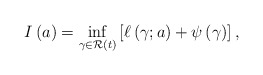
\begin{align*}I \left( a \right) = \inf_{\gamma \in \mathcal{R} \left( t \right)} \left[ \ell \left( \gamma ; a \right) + \psi \left( \gamma \right) \right], \end{align*}